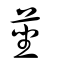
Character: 莝